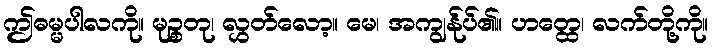
ဤဓမ္မပါလကို။ မုဉ္စတု၊ လွှတ်လော့။ မေ၊ အကျွန်ုပ်၏။ ဟတ္ထေ၊ လက်တို့ကို။